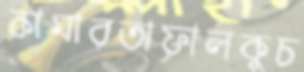
কামারতাফালকুচ